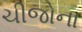
ચીજોના